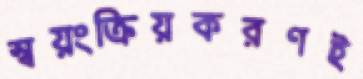
স্বয়ংক্রিয়করণই